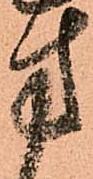
方